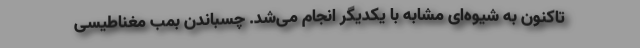
تاکنون به شیوه‌ای مشابه با یکدیگر انجام می‌شد. چسباندن بمب مغناطیسی